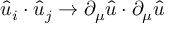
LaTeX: { \hat { u } } _ { i } \cdot { \hat { u } } _ { j } \to \partial _ { \mu } { \hat { u } } \cdot \partial _ { \mu } { \hat { u } }